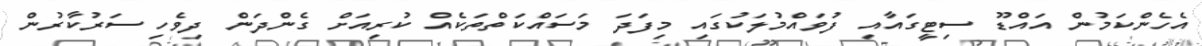
އެހެންކަމުން އައްޑޫ ސިޓީގައާއި ފުވައްމުލަކުގައި މިފަދަ މަސައްކަތްތަކެއް ކުރިއަށް ގެންދަން ދިވެހި ސަރުކާރުން